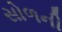
સોળની